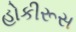
હોકીરૂસ